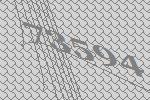
73594